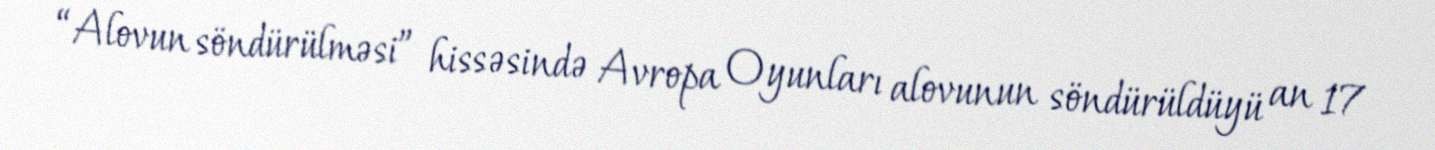
“Alovun söndürülməsi” hissəsində Avropa Oyunları alovunun söndürüldüyü an 17